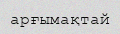
арғымақтай